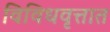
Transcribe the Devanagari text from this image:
विविधवृत्तात